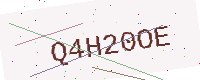
Text: Q4H20OE